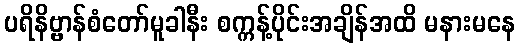
ပရိနိဗ္ဗာန်စံတော်မူခါနီး စက္ကန့်ပိုင်းအချိန်အထိ မနားမနေ